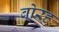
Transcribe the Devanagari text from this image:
बोरह